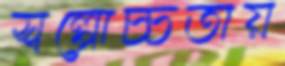
স্বল্পোচ্চতায়